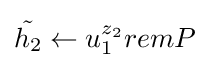
{\tilde {h_{2}}}\leftarrow u_{1}^{z_{2}}remP